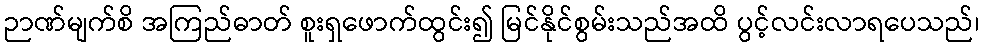
ဉာဏ်မျက်စိ အကြည်ဓာတ် စူးရှဖောက်ထွင်း၍ မြင်နိုင်စွမ်းသည်အထိ ပွင့်လင်းလာရပေသည်၊